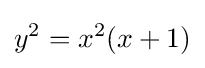
y^{2}=x^{2}(x+1)